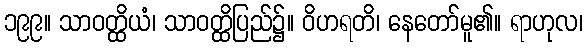
၁၉၉။ သာဝတ္ထိယံ၊ သာဝတ္ထိပြည်၌။ ဝိဟရတိ၊ နေတော်မူ၏။ ရာဟုလ၊